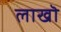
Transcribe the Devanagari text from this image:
लाखॊ